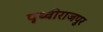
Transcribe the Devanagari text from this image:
पृथ्वीराजपुर